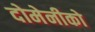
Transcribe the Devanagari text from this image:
दोमेनीको